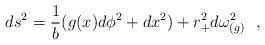
LaTeX: \begin{align*}ds^2={1\over b}(g(x)d\phi^2+dx^2)+r_+^2d\omega^2_{(g)}~~,\end{align*}